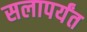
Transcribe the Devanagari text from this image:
सलापर्यंत